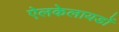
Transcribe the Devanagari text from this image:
ऐलकेलायडों